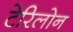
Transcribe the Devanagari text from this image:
टेरिलोन